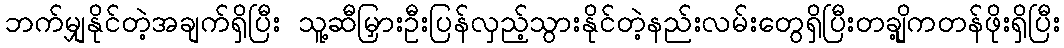
ဘက်မျှနိုင်တဲ့အချက်ရှိပြီး သူ့ဆီမြှားဦးပြန်လှည့်သွားနိုင်တဲ့နည်းလမ်းတွေရှိပြီးတချို့ကတန်ဖိုးရှိပြီး